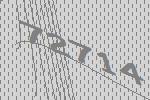
72714